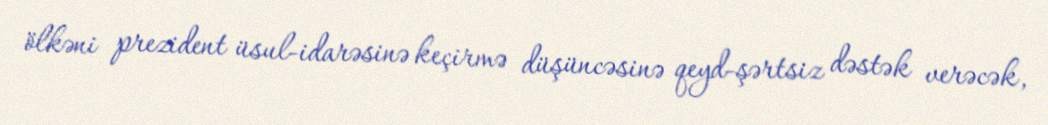
ölkəni prezident üsul-idarəsinə keçirmə düşüncəsinə qeyd-şərtsiz dəstək verəcək,